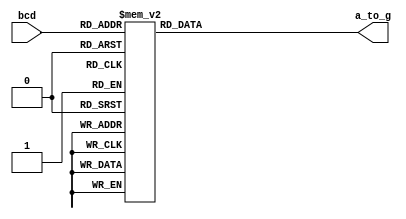
`timescale 1ns / 1ps
//////////////////////////////////////////////////////////////////////////////////
// Company: 
// 
// Design Name:    Temp_Controller
// Module Name:    BCD_2_7Seg 
// Project Name:   Temp_Controller
// Target Devices: 
// Tool versions: 
// Description: 
//
// Dependencies: 
//
// Revision: 
// Revision 0.01 - File Created
// Additional Comments:
//
//////////////////////////////////////////////////////////////////////////////////
module BCD_2_7Seg(
	input [3:0] bcd,
	output reg [6:0] a_to_g
    );
	 
	 always @(bcd)
		case (bcd)
			4'd0:		a_to_g = 7'b1000000; //0
			4'd1:		a_to_g = 7'b1111001; //1
			4'd2:		a_to_g = 7'b0100100; //2
			4'd3:		a_to_g = 7'b0110000; //3
			4'd4:		a_to_g = 7'b0011001; //4
			4'd5:		a_to_g = 7'b0010010; //5
			4'd6:		a_to_g = 7'b0000011; //6
			4'd7:		a_to_g = 7'b1111000; //7
			4'd8:		a_to_g = 7'b0000000; //8
			4'd9:		a_to_g = 7'b0011000; //9
			4'd10:	a_to_g = 7'b1111111; //10 - added to eliminate latch warning
			4'd11:	a_to_g = 7'b1111111; //11 - added to eliminate latch warning
			4'd12:	a_to_g = 7'b1111111; //12 - added to eliminate latch warning
			4'd13:	a_to_g = 7'b1111111; //13 - added to eliminate latch warning
			4'd14:	a_to_g = 7'b1111111; //14 - added to eliminate latch warning
			4'd15:	a_to_g = 7'b0111111; //15 - added to eliminate latch warning
		endcase

endmodule